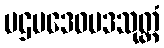
ပဌမဒေဝပဒသုတ္တံ